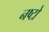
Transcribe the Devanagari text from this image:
नष्टो